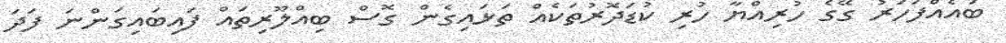
ބައެއްފަހަރު ގޭގެ ހުރިއްޔާ ހުރި ކުޑަދޮރުތަކެއް ތަޅައިގެން ގޮސް ބިއްލޫރިތައް ފައިބައިގަންނަ ފަދަ